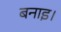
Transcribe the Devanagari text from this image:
बनाइ।